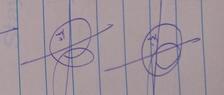
Signature authenticity: genuine